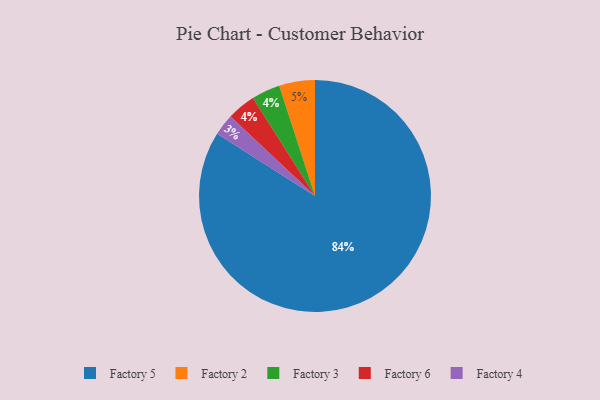
{"axis": {"x": "Category", "y": "Percentage"}, "legend": ["Factory 2", "Factory 3", "Factory 4", "Factory 5", "Factory 6"], "data": [{"x": "Factory 5", "y": 84, "type": "Factory 5"}, {"x": "Factory 2", "y": 5, "type": "Factory 2"}, {"x": "Factory 3", "y": 4, "type": "Factory 3"}, {"x": "Factory 6", "y": 4, "type": "Factory 6"}, {"x": "Factory 4", "y": 3, "type": "Factory 4"}]}